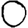
Digit: 0